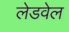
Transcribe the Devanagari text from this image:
लेडवेल